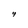
Character: y